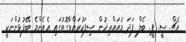
އެޗް. ސީ. ޕީ. ބެލް ފަދަ މުއައްރިޚުން ސިފަކުރައްވާގޮތުގައި އެއެންމެ ބޭފުޅުންނަކީ